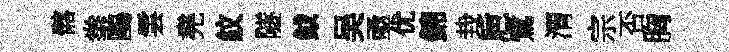
髂拳鷗雲堯紋隧鉞吴亟优錦㘽巵鷺渭宗否胸